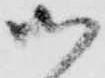
御